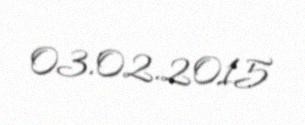
03.02.2015